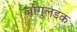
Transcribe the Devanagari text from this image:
ज़ोंगुलडक